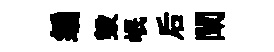
编毀岷后闡